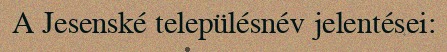
A Jesenské településnév jelentései: